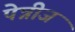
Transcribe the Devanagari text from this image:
पेन्नीज